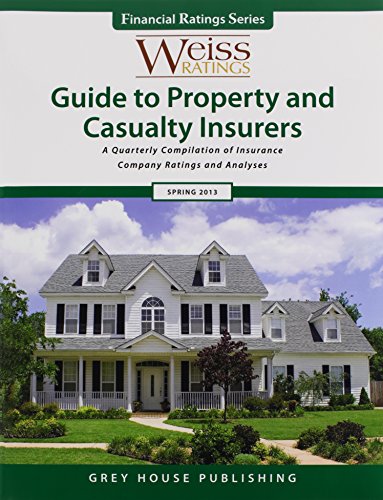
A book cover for Weiss Ratings' Guide to Property & Casualty Insures, Spring 2013 (Weiss Ratings Guide to Property & Casualty Insurers); Business & Money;